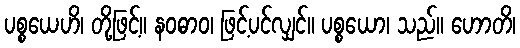
ပစ္စယေဟိ၊ တို့ဖြင့်။ နဝဓာဝ၊ ဖြင့်ပင်လျှင်။ ပစ္စယော၊ သည်။ ဟောတိ၊